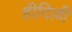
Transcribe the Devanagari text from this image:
हीदिल्ली